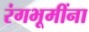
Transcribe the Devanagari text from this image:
रंगभूमींना